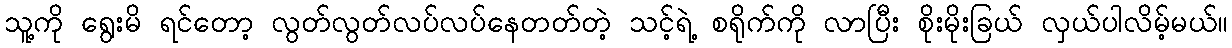
သူ့ကို ရွေးမိ ရင်တော့ လွတ်လွတ်လပ်လပ်နေတတ်တဲ့ သင့်ရဲ့ စရိုက်ကို လာပြီး စိုးမိုးခြယ် လှယ်ပါလိမ့်မယ်။